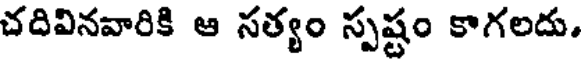
చదివినవారికి ఆ సత్యం స్పష్టం కాగలదు.